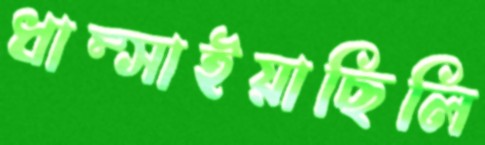
ধাম্‌সাইয়াছিলি